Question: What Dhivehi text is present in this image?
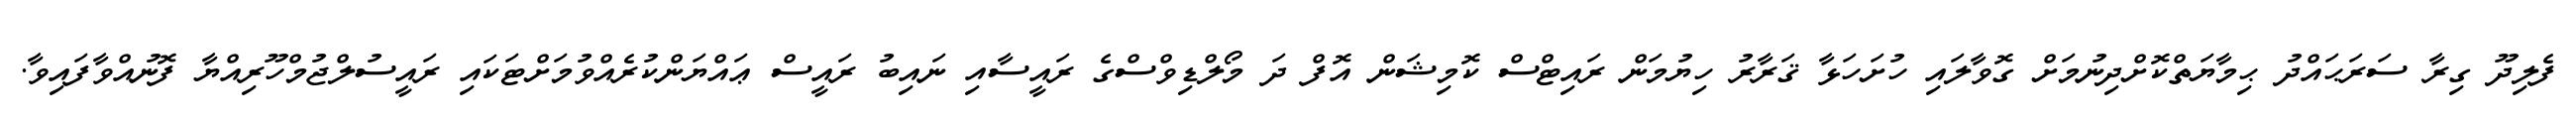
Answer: ފެލިދޫ ގިރާ ސަރަޙައްދު ޙިމާޔަތްކޮށްދިނުމަށް ގޮވާލައި ހުށަހަޅާ ޤަރާރު ހިޔުމަން ރައިޓްސް ކޮމިޝަން އޮފް ދަ މޯލްޑިވްސްގެ ރައީސާއި ނައިބު ރައީސް ޢައްޔަންކުރެއްވުމަށްޓަކައި ރައީސުލްޖުމްހޫރިއްޔާ ފޮނުއްވާފައިވާ.